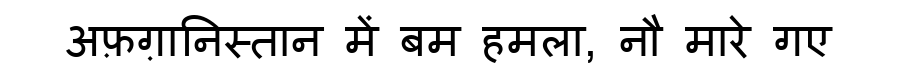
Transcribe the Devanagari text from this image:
अफ़ग़ानिस्तान में बम हमला, नौ मारे गए